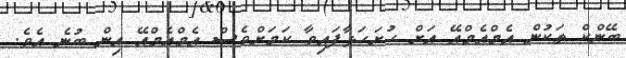
ބޭންކް ތަކުން އެމްއެމްއޭ އަށް ހުށަހަޅާފައިވާ ކަމަށްވެސް އެމްއެމްްއޭ އިން ބުނެ އެވެ.